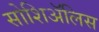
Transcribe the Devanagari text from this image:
सोशिअॅलिस